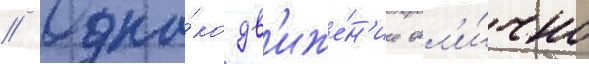
// Одна́ко дв'иже́н'ие отл'и́чно